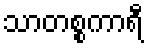
သာတစ္စကာရီ